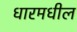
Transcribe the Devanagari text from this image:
धारमधील